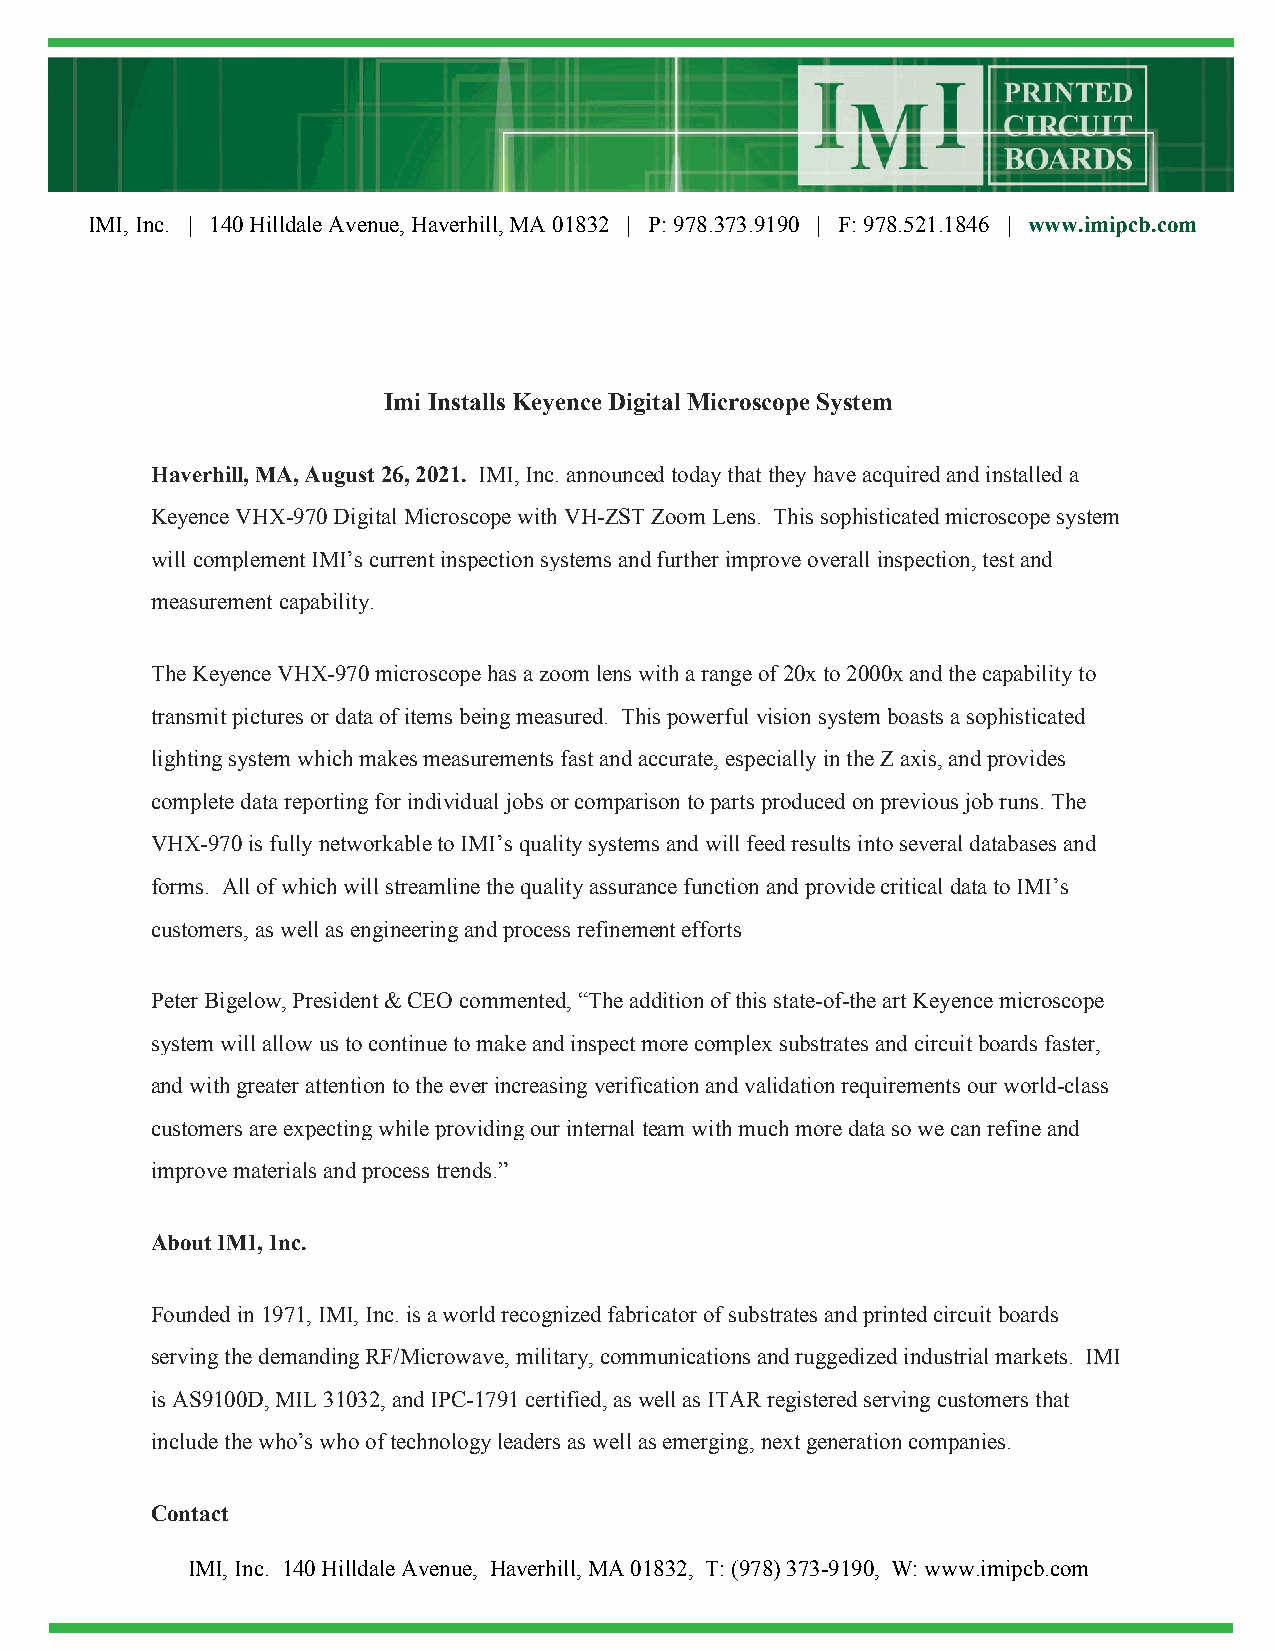
IMI, Inc. | 140 Hilldale Avenue, Haverhill, MA 01832 | P: 978.373.9190 | F: 978.521.1846 | www.imipcb.com
 Imi Installs Keyence Digital Microscope System
 Haverhill, MA, August 26, 2021. IMI, Inc. announced today that they have acquired and installed a
 Keyence VHX-970 Digital Microscope with VH-ZST Zoom Lens. This sophisticated microscope system
 will complement IMI’s current inspection systems and further improve overall inspection, test and
 measurement capability.
 The Keyence VHX-970 microscope has a zoom lens with a range of 20x to 2000x and the capability to
 transmit pictures or data of items being measured. This powerful vision system boasts a sophisticated
 lighting system which makes measurements fast and accurate, especially in the Z axis, and provides
 complete data reporting for individual jobs or comparison to parts produced on previous job runs. The
 VHX-970 is fully networkable to IMI’s quality systems and will feed results into several databases and
 forms. All of which will streamline the quality assurance function and provide critical data to IMI’s
 customers, as well as engineering and process refinement efforts
 Peter Bigelow, President & CEO commented, “The addition of this state-of-the art Keyence microscope
 system will allow us to continue to make and inspect more complex substrates and circuit boards faster,
 and with greater attention to the ever increasing verification and validation requirements our world-class
 customers are expecting while providing our internal team with much more data so we can refine and
 improve materials and process trends.”
 About IMI, Inc.
 Founded in 1971, IMI, Inc. is a world recognized fabricator of substrates and printed circuit boards
 serving the demanding RF/Microwave, military, communications and ruggedized industrial markets. IMI
 is AS9100D, MIL 31032, and IPC-1791 certified, as well as ITAR registered serving customers that
 include the who’s who of technology leaders as well as emerging, next generation companies.
 Contact
 IMI, Inc. 140 Hilldale Avenue, Haverhill, MA 01832, T: (978) 373-9190, W: www.imipcb.com